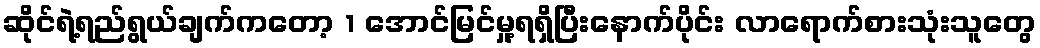
ဆိုင်ရဲ့ရည်ရွယ်ချက်ကတော့ 1 အောင်မြင်မှု့ရရှိပြီးနောက်ပိုင်း လာရောက်စားသုံးသူတွေ